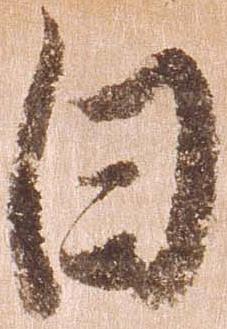
日